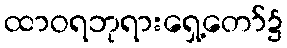
ထာဝရဘုရားရှေ့တော်၌